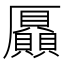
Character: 𠫍